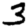
Digit: 3